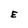
Character: E